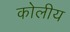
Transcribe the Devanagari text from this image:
कोलीय